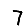
Digit: 7